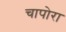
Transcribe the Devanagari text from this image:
चापोरा